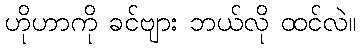
ဟိုဟာကို ခင်ဗျား ဘယ်လို ထင်လဲ။